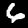
Label: 6